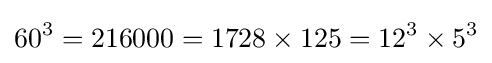
60^{3}=216000=1728\times 125=12^{3}\times 5^{3}